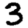
Digit: 3